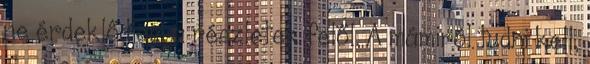
ne érdeklődjem a részletek felől. A mámiról tudni kell,